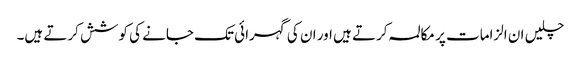
چلیں ان الزامات پر مکالمہ کرتے ہیں اور ان کی گہرائی تک جانے کی کوشش کرتے ہیں۔